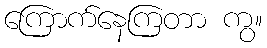
ကြောက်နေကြတာ ကွ။